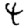
Digit: 4